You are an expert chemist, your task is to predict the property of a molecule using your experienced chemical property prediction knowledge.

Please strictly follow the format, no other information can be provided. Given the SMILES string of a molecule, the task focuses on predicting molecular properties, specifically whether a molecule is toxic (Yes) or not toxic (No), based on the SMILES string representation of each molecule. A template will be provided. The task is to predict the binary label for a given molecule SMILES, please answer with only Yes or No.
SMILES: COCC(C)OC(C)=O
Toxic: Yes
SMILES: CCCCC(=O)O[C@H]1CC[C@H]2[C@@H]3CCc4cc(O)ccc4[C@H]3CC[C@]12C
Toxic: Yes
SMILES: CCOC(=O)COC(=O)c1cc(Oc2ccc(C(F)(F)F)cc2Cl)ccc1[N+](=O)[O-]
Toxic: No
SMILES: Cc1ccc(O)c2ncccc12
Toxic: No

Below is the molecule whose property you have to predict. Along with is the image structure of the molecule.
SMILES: COc1cc2c(cc1OC)-c1c/c(=N\c3c(C)cc(C)cc3C)n(C)c(=O)n1CC2
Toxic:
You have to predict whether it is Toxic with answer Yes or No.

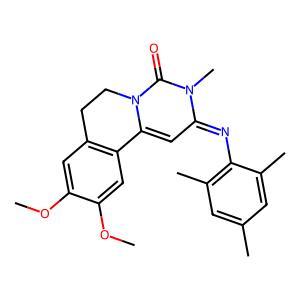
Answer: No